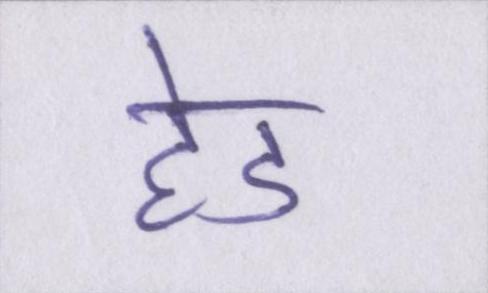
हेड